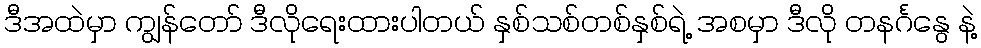
ဒီအထဲမှာ ကျွန်တော် ဒီလိုရေးထားပါတယ် နှစ်သစ်တစ်နှစ်ရဲ့ အစမှာ ဒီလို တနင်္ဂနွေ နဲ့